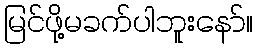
မြင်ဖို့မခက်ပါဘူးနော်။